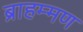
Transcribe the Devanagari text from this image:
ब्राहम्मण